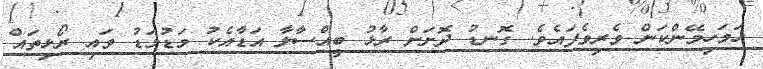
ހަމަހިމޭންކަން ވެރިވެފައެވެ. ގޮނޑު ދޮށަށް ރާޅު ބީއްސާލާ އަޑާއެކު މަޑުމަޑު ވައި ރޯޅިތައް